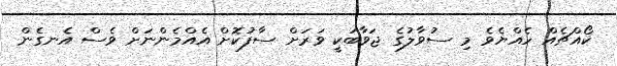
ކޯއްޗެއް ހެއްޔެވެ މި ސުވާލުގެ ޖަވާބަކީ ވަރަށް ސާފުކޮށް އެއްމެންނަށް ވެސް އެނގެން